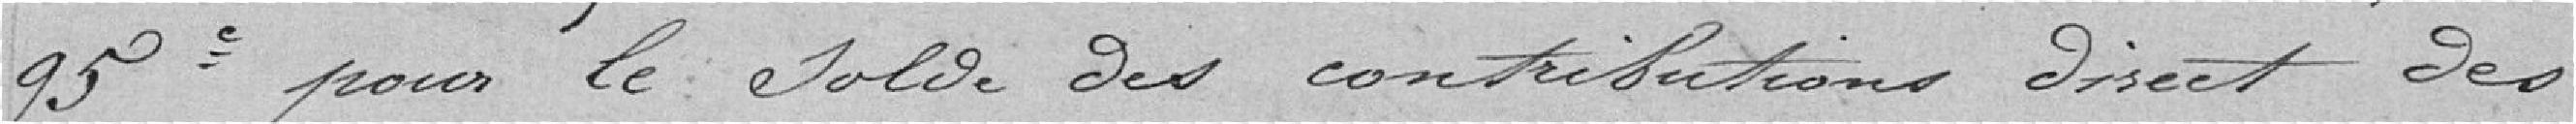
95 centimes pour le solde des contributions direct des